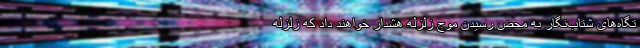
تگاه‌های شتاب‌نگار به محض رسیدن موج زلزله هشدار خواهند داد که زلزله